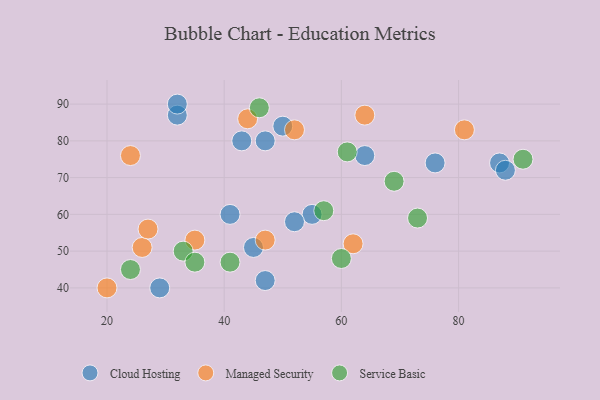
{"axis": {"x": "GDP", "y": "Life Expectancy"}, "legend": ["Cloud Hosting", "Managed Security", "Service Basic"], "data": [{"x": "76", "y": 74, "type": "Cloud Hosting"}, {"x": "87", "y": 74, "type": "Cloud Hosting"}, {"x": "88", "y": 72, "type": "Cloud Hosting"}, {"x": "55", "y": 60, "type": "Cloud Hosting"}, {"x": "29", "y": 40, "type": "Cloud Hosting"}, {"x": "43", "y": 80, "type": "Cloud Hosting"}, {"x": "47", "y": 80, "type": "Cloud Hosting"}, {"x": "45", "y": 51, "type": "Cloud Hosting"}, {"x": "64", "y": 76, "type": "Cloud Hosting"}, {"x": "41", "y": 60, "type": "Cloud Hosting"}, {"x": "52", "y": 58, "type": "Cloud Hosting"}, {"x": "32", "y": 87, "type": "Cloud Hosting"}, {"x": "50", "y": 84, "type": "Cloud Hosting"}, {"x": "32", "y": 90, "type": "Cloud Hosting"}, {"x": "47", "y": 42, "type": "Cloud Hosting"}, {"x": "47", "y": 53, "type": "Managed Security"}, {"x": "81", "y": 83, "type": "Managed Security"}, {"x": "44", "y": 86, "type": "Managed Security"}, {"x": "64", "y": 87, "type": "Managed Security"}, {"x": "52", "y": 83, "type": "Managed Security"}, {"x": "26", "y": 51, "type": "Managed Security"}, {"x": "27", "y": 56, "type": "Managed Security"}, {"x": "24", "y": 76, "type": "Managed Security"}, {"x": "35", "y": 53, "type": "Managed Security"}, {"x": "20", "y": 40, "type": "Managed Security"}, {"x": "62", "y": 52, "type": "Managed Security"}, {"x": "73", "y": 59, "type": "Service Basic"}, {"x": "33", "y": 50, "type": "Service Basic"}, {"x": "46", "y": 89, "type": "Service Basic"}, {"x": "60", "y": 48, "type": "Service Basic"}, {"x": "61", "y": 77, "type": "Service Basic"}, {"x": "41", "y": 47, "type": "Service Basic"}, {"x": "35", "y": 47, "type": "Service Basic"}, {"x": "57", "y": 61, "type": "Service Basic"}, {"x": "69", "y": 69, "type": "Service Basic"}, {"x": "91", "y": 75, "type": "Service Basic"}, {"x": "24", "y": 45, "type": "Service Basic"}]}